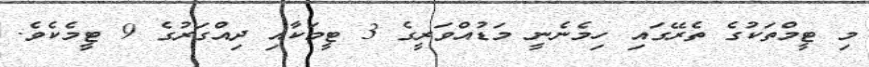
މި ޓީމްތަކުގެ ތެރޭގައި ހިމެނެނީ މަޑުއްވަރީގެ 3 ޓީމަކާއި ދިއްގަރުގެ 9 ޓީމެކެވެ.